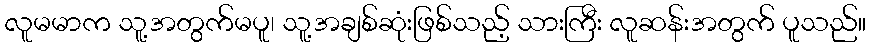
လူမမာက သူ့အတွက်မပူ၊ သူ့အချစ်ဆုံးဖြစ်သည့် သားကြီး လူဆန်းအတွက် ပူသည်။